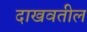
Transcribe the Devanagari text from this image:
दाखवतील